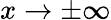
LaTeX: x\to\pm\infty